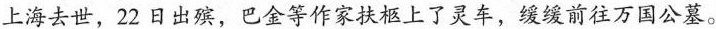
上海去世，22日出殡，巴金等作家扶柩上了灵车，缓缓前往万国公墓。